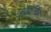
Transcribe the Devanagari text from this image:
लिबर्लिज्म